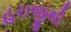
હરાજીથી